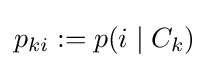
p_{ki}:=p(i\mid C_{k})